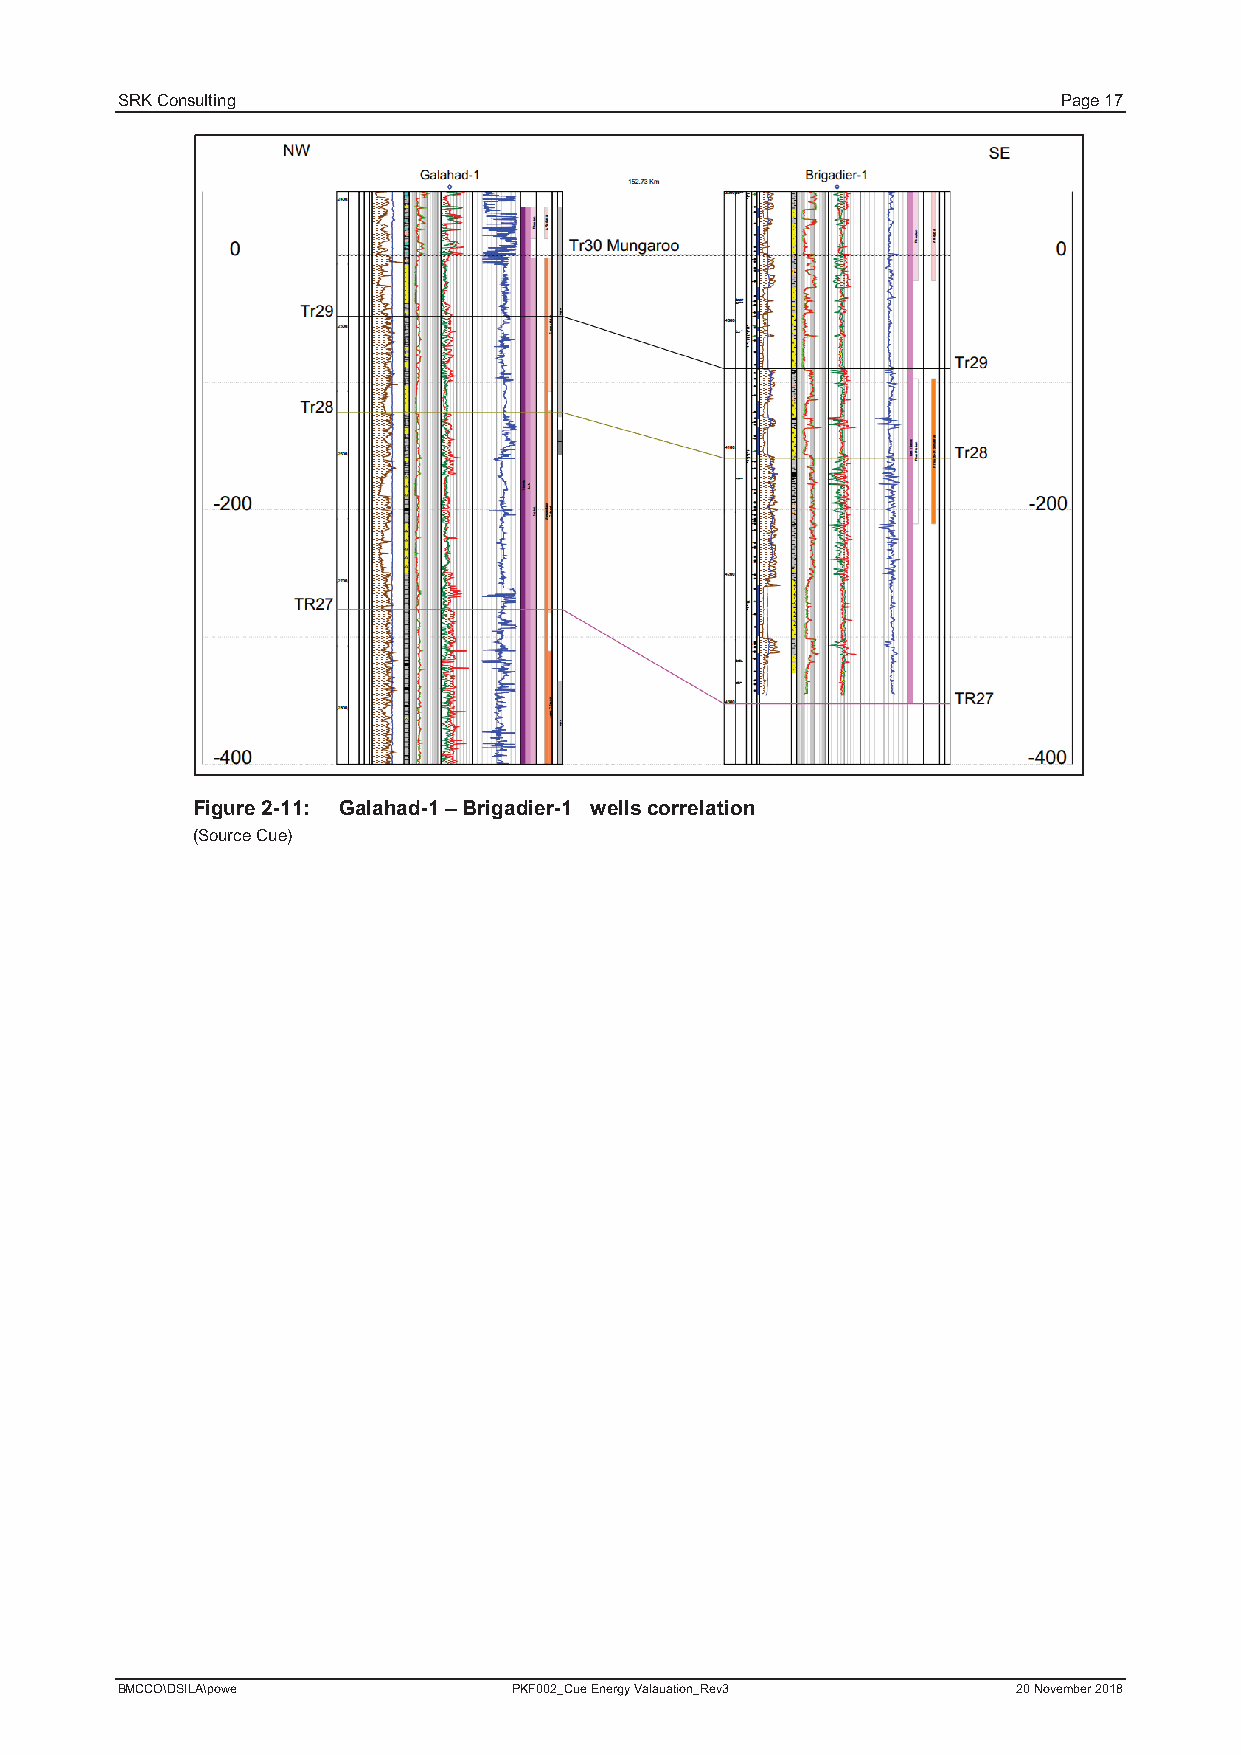
SRK Consulting                                                Page 17
 Figure 2-11: Galahad-1–Brigadier-1 wells correlation
 (Source Cue)
 BMCCO\DSILA\powe          PKF002_Cue Energy Valauation_Rev3 20 November 2018